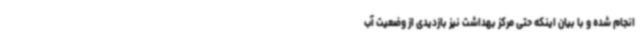
انجام شده و با بیان اینکه حتی مرکز بهداشت نیز بازدیدی از وضعیت آب